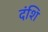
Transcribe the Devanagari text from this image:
दंशि